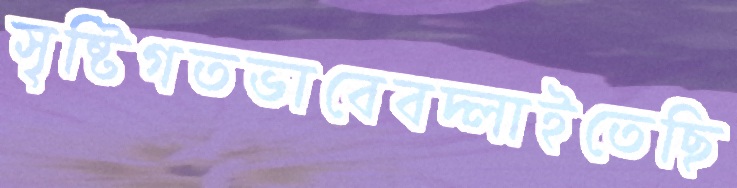
সৃষ্টিগতভাবেবদ্‌লাইতেছি